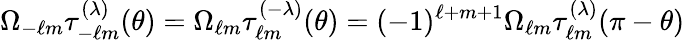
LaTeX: \Omega_{-\ell m}\tau_{-\ell m}^{(\lambda)}(\theta)=\Omega_{\ell m}\tau_{\ell m}^{(-\lambda)}(\theta)=(-1)^{\ell+m+1}\Omega_{\ell m}\tau_{\ell m}^{(\lambda)}(\pi-\theta)